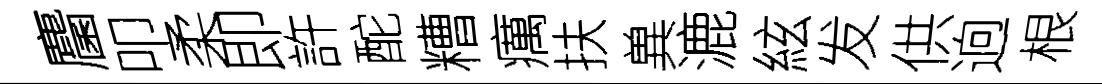
麕叩柔即許酡糟癘扶兾漉絃发供逈根